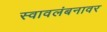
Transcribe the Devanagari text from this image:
स्वावलंबनावर